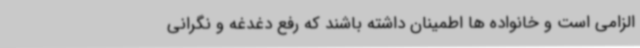
الزامی است و خانواده ها اطمینان داشته باشند که رفع دغدغه و نگرانی